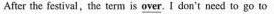
After the festival,the term is \underline{over}.I don't need to go to